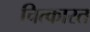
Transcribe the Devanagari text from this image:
चित्कारत